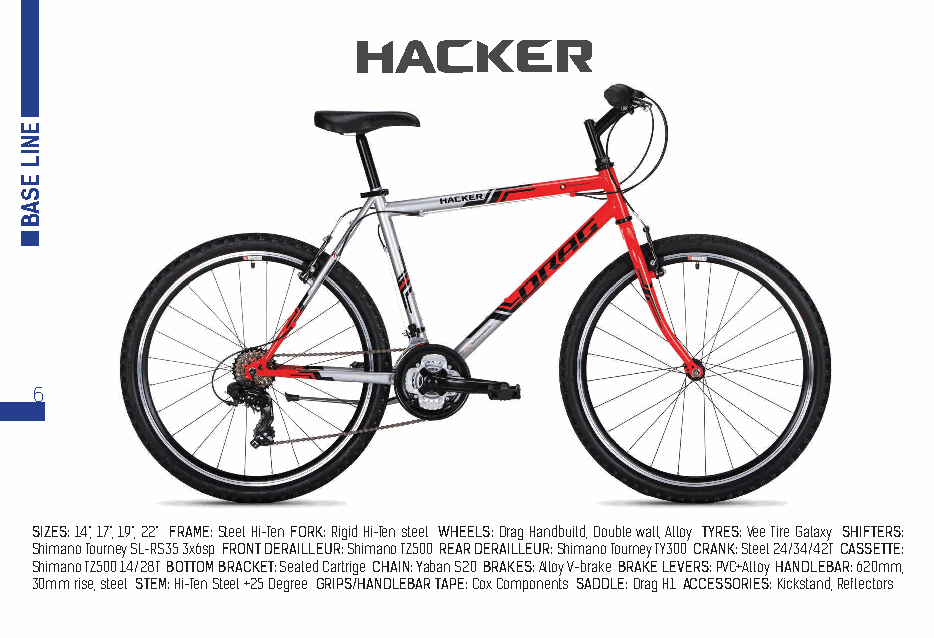
6
 SIZES: 14“, 17“, 19“, 22“ FRAME: Steel Hi-Ten FORK: Rigid Hi-Ten steel WHEELS: Drag Handbuild, Double wall, Alloy TYRES: Vee Tire Galaxy SHIFTERS:
 Shimano Tourney SL-RS35 3x6sp FRONT DERAILLEUR: Shimano TZ500 REAR DERAILLEUR: Shimano Tourney TY300 CRANK: Steel 24/34/42T CASSETTE:
 Shimano TZ500 14/28T BOTTOM BRACKET: Sealed Cartrige CHAIN: Yaban S20 BRAKES: Alloy V-brake BRAKE LEVERS: PVC+Alloy HANDLEBAR: 620mm,
 30mm rise, steel STEM: Hi-Ten Steel +25 Degree GRIPS/HANDLEBAR TAPE: Cox Components SADDLE: Drag H1 ACCESSORIES: Kickstand, Reflectors
 ENIL
 ESAB